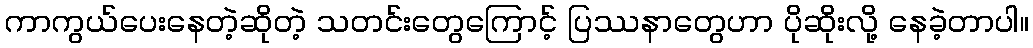
ကာကွယ်ပေးနေတဲ့ဆိုတဲ့ သတင်းတွေကြောင့် ပြဿနာတွေဟာ ပိုဆိုးလို့ နေခဲ့တာပါ။